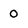
Character: 0